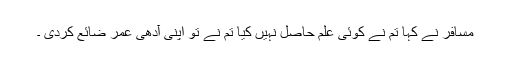
مسافر نے کہا تم نے کوئی علم حاصل نہیں کیا تم نے تو اپنی آدھی عمر ضائع کردی ۔